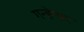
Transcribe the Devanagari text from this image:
गन्हेगार